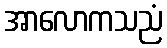
အာလောကသညံ